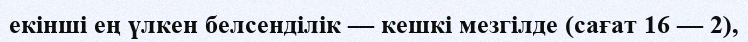
екінші ең үлкен белсенділік — кешкі мезгілде (сағат 16 — 2),